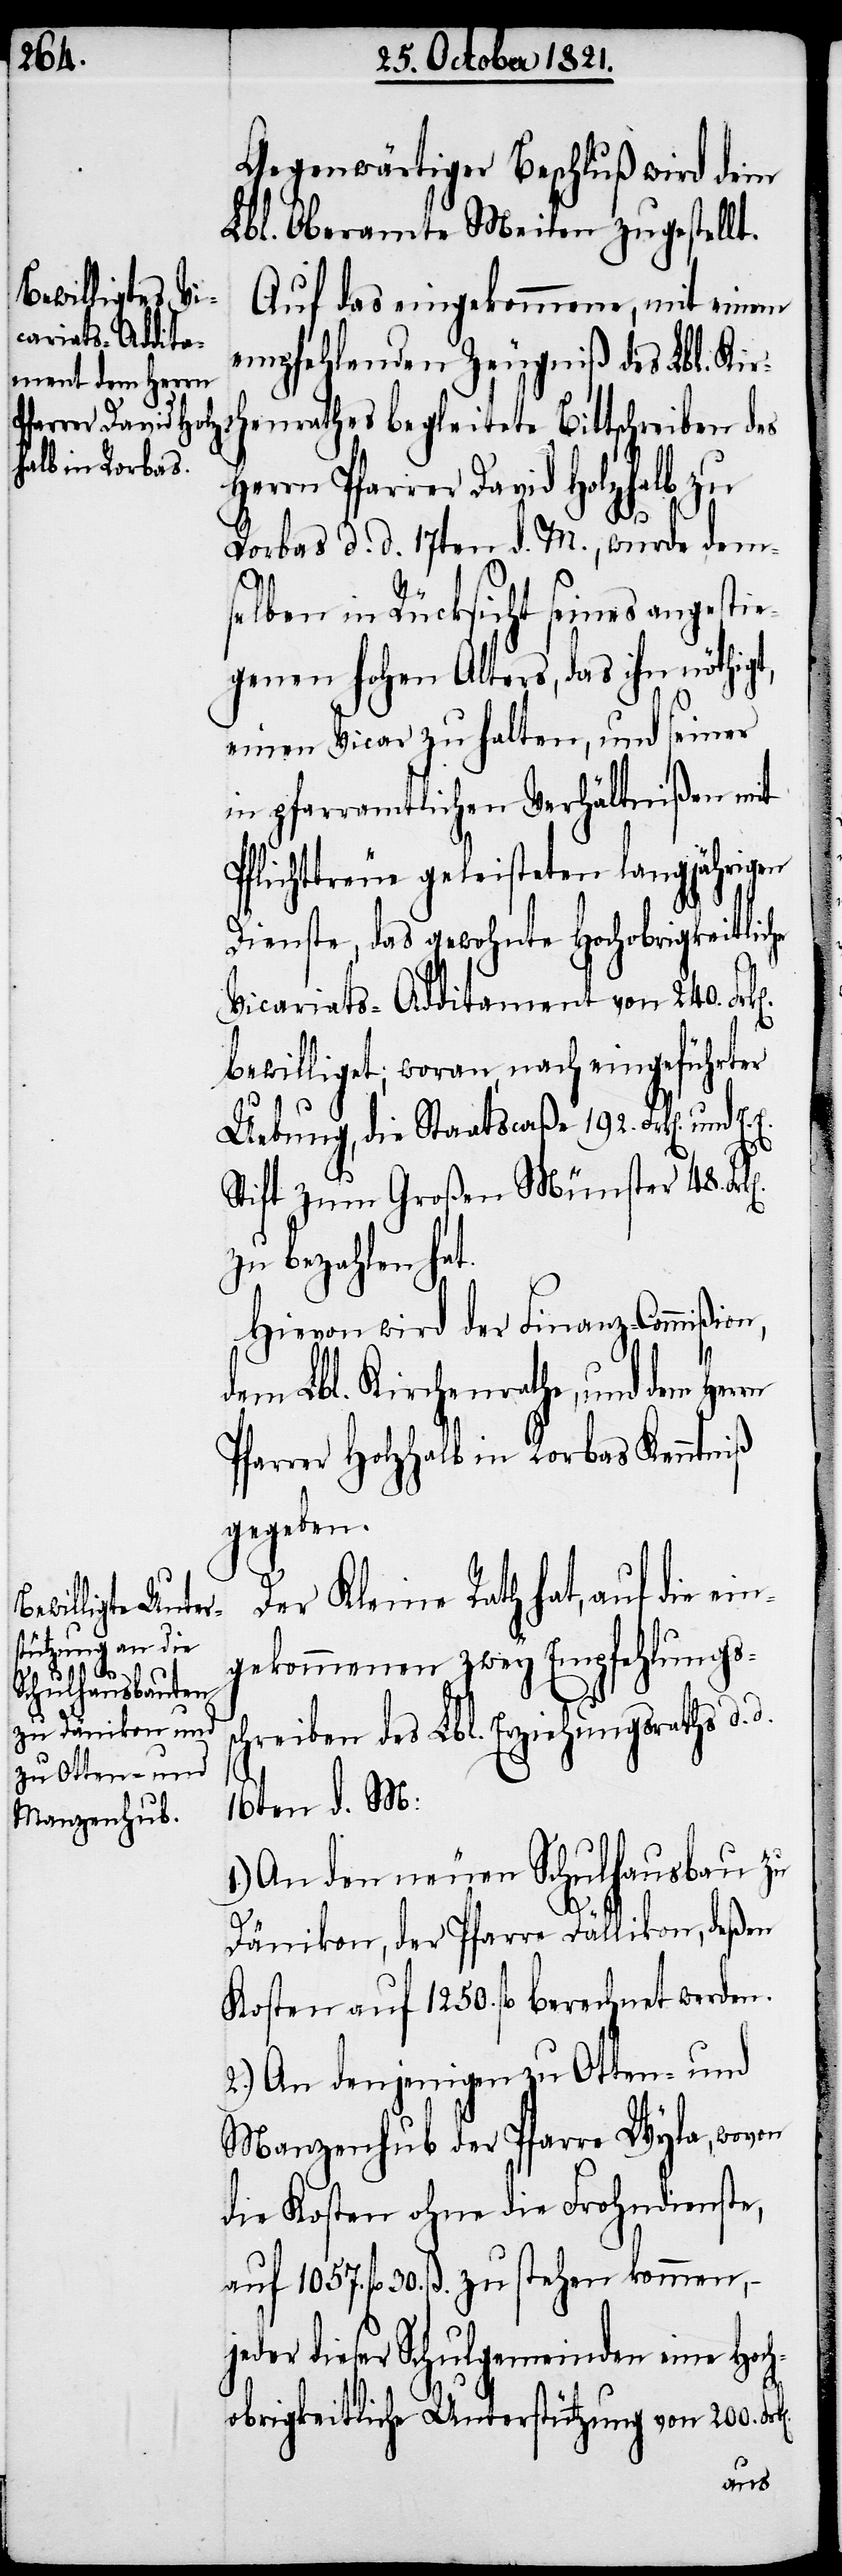
bewilligt, welches

Gegenwärtiger Beschluß wird dem
Lbl. Oberamte Meilen zugestellt.
Auf das eingekommene, mit einem
empfehlenden Zeugniß des Lbl. Kir¬
chenrathes begleitete Bittschreiben des
Herrn Pfarrer David Holzhalb zu
Rorbas d. d. 17ten d. M., wurde dem¬
selben in Rücksicht seines angesti¬
egenen hohen Alters, das ihn nöthigt,
einen Vicar zu halten, und seiner
in pfarramtlichen Verhältnißen mit
flichttreue geleisteten langjährigen
Dienste, das gewohnte Hochobrigkeitliche
Vicariats-Additament von 240.
bewilliget; woran, nach eingeführter
Uebung, die Staatscaßa 192. Frk[en].
Stift zum Großen Münster 48.
zu bezahlen ha¬
Hievon wird der Finanz-Commißion,
1.)
dem Lbl. Kirchenrathe, und dem
Pfarrer Holzhalb in Rorbas Kenntniß
gegeben.
Der Kleine Rath hat, auf die ei¬
gekommenen zwey Empfehlungs¬
und dem Lbl. Erziehungsrathe zu
16ten d. M.:
An den neuen Schulhausbau zu
Dänikon, der Pfarre Dällikon, deßen
Kosten auf 1259. fl. berechnet werden.
2.) An denjenigen zu Otten- und
Manzenhub der Pfarre Wyla, wovon
die Kosten ohne die Frohndienste,
auf 1057. fl. 30. ß. zu stehen kommen,
jeder dieser Schulgemeinden eine Hoch¬
obrigkeitliche Unterstützung von 200.
aus